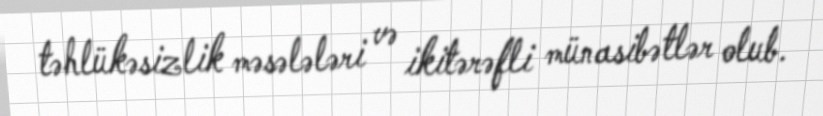
təhlükəsizlik məsələləri və ikitərəfli münasibətlər olub.